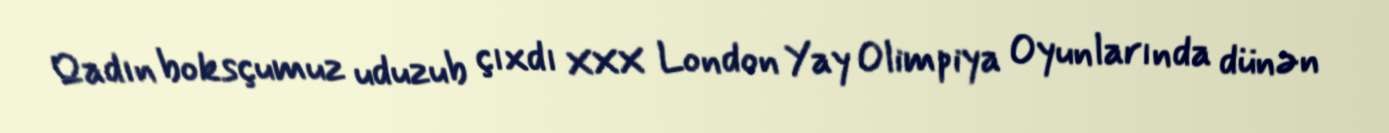
Qadın boksçumuz uduzub çıxdı XXX London Yay Olimpiya Oyunlarında dünən